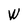
Character: W